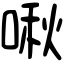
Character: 啾